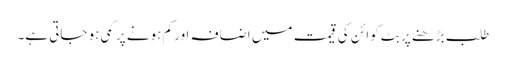
طلب بڑھنے پر بِٹ کوائن کی قیمت میں اضافہ اور کم ہونے پر کمی ہو جاتی ہے۔